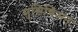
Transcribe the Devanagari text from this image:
मुसिचिअन्